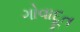
ગોવાદૂત